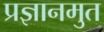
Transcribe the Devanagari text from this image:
प्रज्ञानमुत